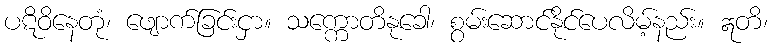
ပဋိဝိနေတုံ၊ ဖျောက်ခြင်းငှာ။ သက္ကောတိနုခေါ၊ စွမ်းဆောင်နိုင်ပေလိမ့်နည်း။ ဣတိ၊